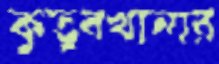
কুতুবখানার